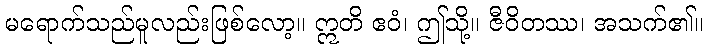
မရောက်သည်မူလည်းဖြစ်လော့။ ဣတိ ဧဝံ၊ ဤသို့။ ဇီဝိတဿ၊ အသက်၏။